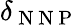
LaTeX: \delta_{\mathrm{~N~N~P~}}